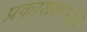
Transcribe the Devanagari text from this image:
प्रकाशकानेही